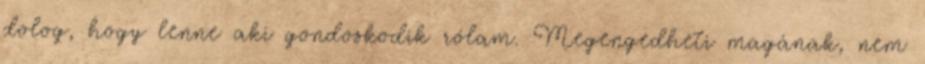
dolog, hogy lenne aki gondoskodik rólam. Megengedheti magának, nem